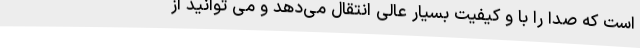
است که صدا را با و کیفیت بسیار عالی انتقال می‌دهد و می‌ توانید از